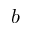
b